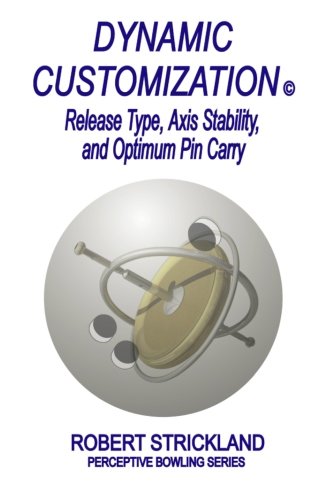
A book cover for Dynamic Customization: Release Type, Axis Stability, and Optimum Pin Carry; Robert Strickland; Sports & Outdoors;